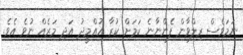
ނަމަވެސް ރިލްވާން ފެންނާނެ ކަމަށް ކުރާ އުއްމީދު އަދި މަރެއް ނުވެ އެވެ.